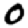
Digit: 0